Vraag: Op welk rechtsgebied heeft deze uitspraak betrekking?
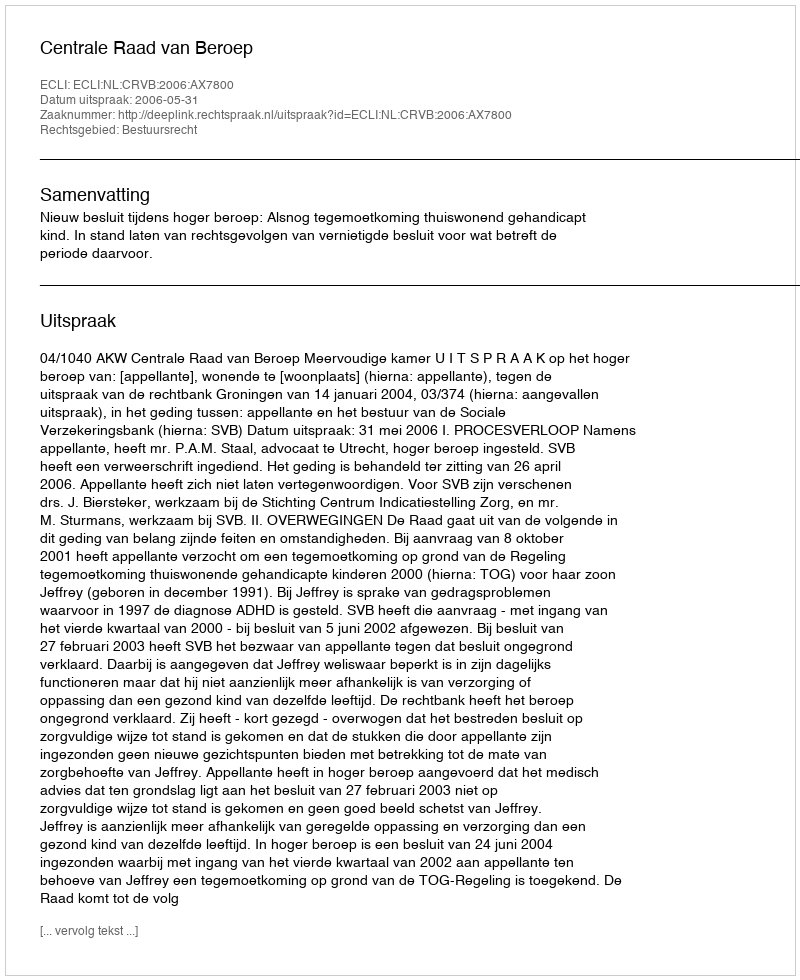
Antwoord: Bestuursrecht